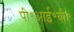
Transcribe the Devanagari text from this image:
पी॰आई॰बी॰